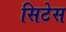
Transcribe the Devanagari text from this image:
सिटेस